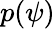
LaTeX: p(\psi)